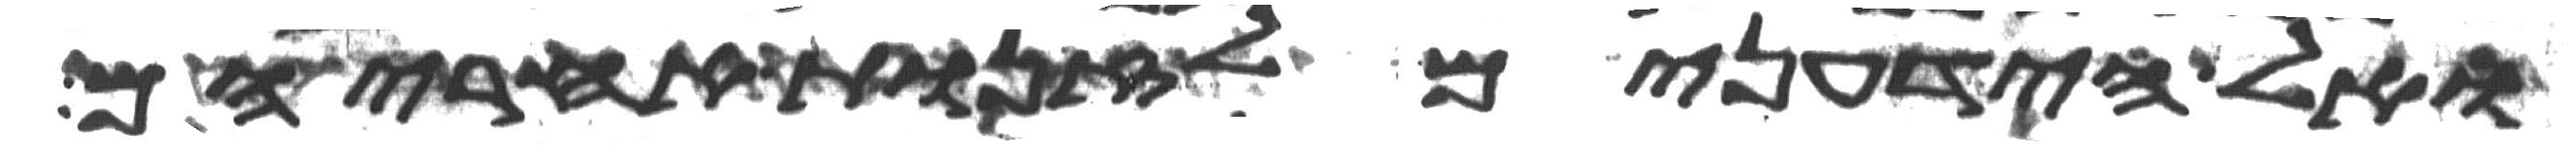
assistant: ואל הידעונים לזנות אחריהם